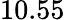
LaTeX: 10.55